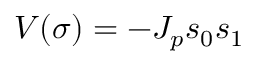
V ( \sigma ) = - J _ { p } s _ { 0 } s _ { 1 }